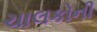
ચાલકોની